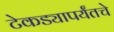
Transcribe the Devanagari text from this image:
टेकड्यापर्यंतचे